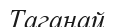
Таганай